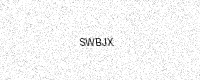
Text: SWBJX